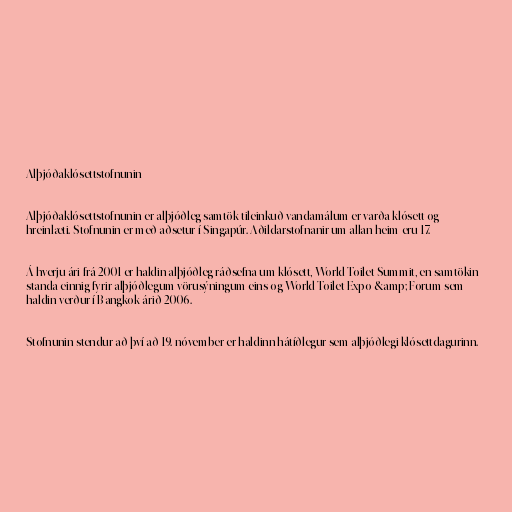
Alþjóðaklósettstofnunin

Alþjóðaklósettstofnunin er alþjóðleg samtök tileinkuð vandamálum er varða klósett og
hreinlæti. Stofnunin er með aðsetur í Singapúr. Aðildarstofnanir um allan heim eru 17.

Á hverju ári frá 2001 er haldin alþjóðleg ráðsefna um klósett, World Toilet Summit, en samtökin
standa einnig fyrir alþjóðlegum vörusýningum eins og World Toilet Expo &amp; Forum sem
haldin verður í Bangkok árið 2006.

Stofnunin stendur að því að 19. nóvember er haldinn hátíðlegur sem alþjóðlegi klósettdagurinn.